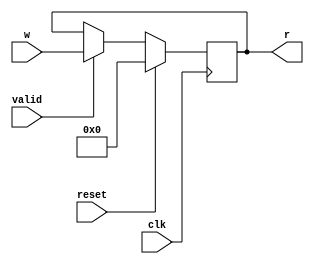
//-----------------------------------------------------------------------------
//
// Title       : register
// Design      : sobel_filter
// Company     : Hust
//
//-----------------------------------------------------------------------------
//
// Generated   : Mon Jun 25 01:31:50 2018
// From        : interface description file
// By          : Itf2Vhdl ver. 1.22
//
//-----------------------------------------------------------------------------
//
// Description : 
//
//-----------------------------------------------------------------------------
`timescale 1 ns / 1 ps

//{{ Section below this comment is automatically maintained
//   and may be overwritten
//{module {register}}
module register
#(
    parameter FP_WORD_LENGTH = 32
) 
(
	input clk,
	input reset, 
	input valid,
	input [FP_WORD_LENGTH-1:0] w, 
	output reg [FP_WORD_LENGTH-1:0] r
);

// -- Enter your statements here -- //
always @(posedge clk)
begin
	if( reset ) 
		r <= 0;
	else if( valid )
		r <= w;
end	 

endmodule